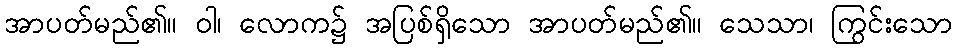
အာပတ်မည်၏။ ဝါ၊ လောက၌ အပြစ်ရှိသော အာပတ်မည်၏။ သေသာ၊ ကြွင်းသော